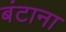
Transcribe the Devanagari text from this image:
बंटाना